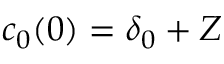
c _ { 0 } ( 0 ) = \delta _ { 0 } + Z